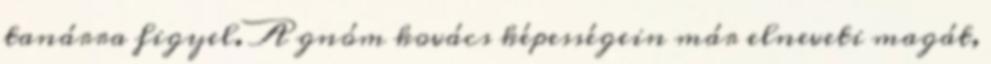
tanárra figyel. A gnóm kovács képességein már elneveti magát,